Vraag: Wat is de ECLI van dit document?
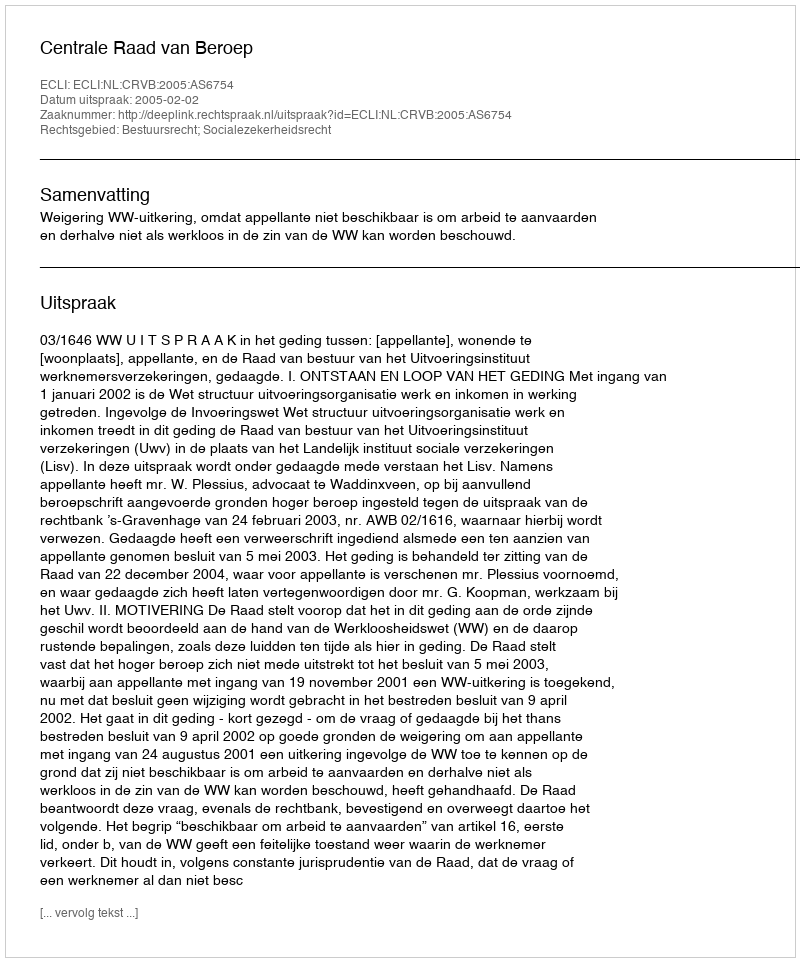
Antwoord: ECLI:NL:CRVB:2005:AS6754